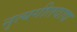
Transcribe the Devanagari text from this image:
नृत्यगीतवाद्य